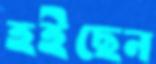
হইছেন